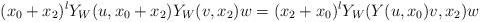
LaTeX: \begin{align*}(x_{0}+x_{2})^{l}Y_W(u, x_0 + x_2)Y_W(v, x_2)w=(x_{2}+x_{0})^{l}Y_W(Y(u, x_0)v, x_2)w\end{align*}